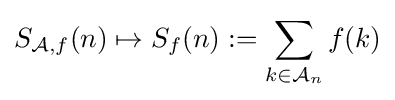
S_{{\mathcal {A}},f}(n)\mapsto S_{f}(n):=\sum _{k\in {\mathcal {A}}_{n}}f(k)